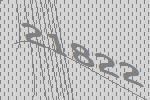
21822